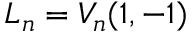
L _ { n } = V _ { n } ( 1 , - 1 )